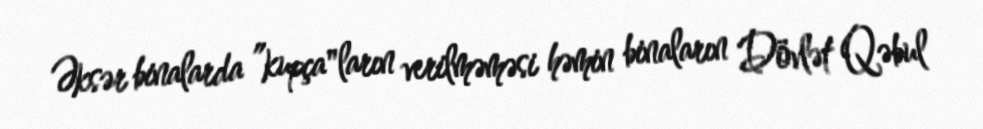
Əksər binalarda ”kupça"ların verilməməsi həmin binaların Dövlət Qəbul